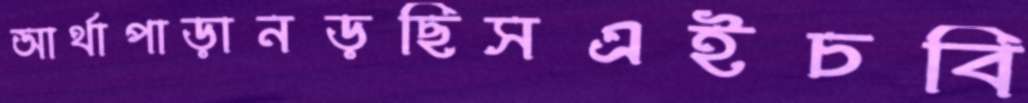
আর্থাপাড়ানড়ছিসএইচবি